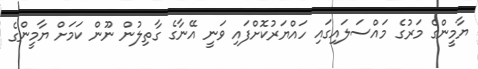
ޔާމީންގެ މަރުގެ މައްސަލައިގައި ހައްޔަރުކޮށްފައި ވަނީ އޭނާގެ ގާތިލުން ނޫން ކަމަށް ޔާމީންގެ